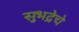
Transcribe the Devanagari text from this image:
सुभद्रेचे